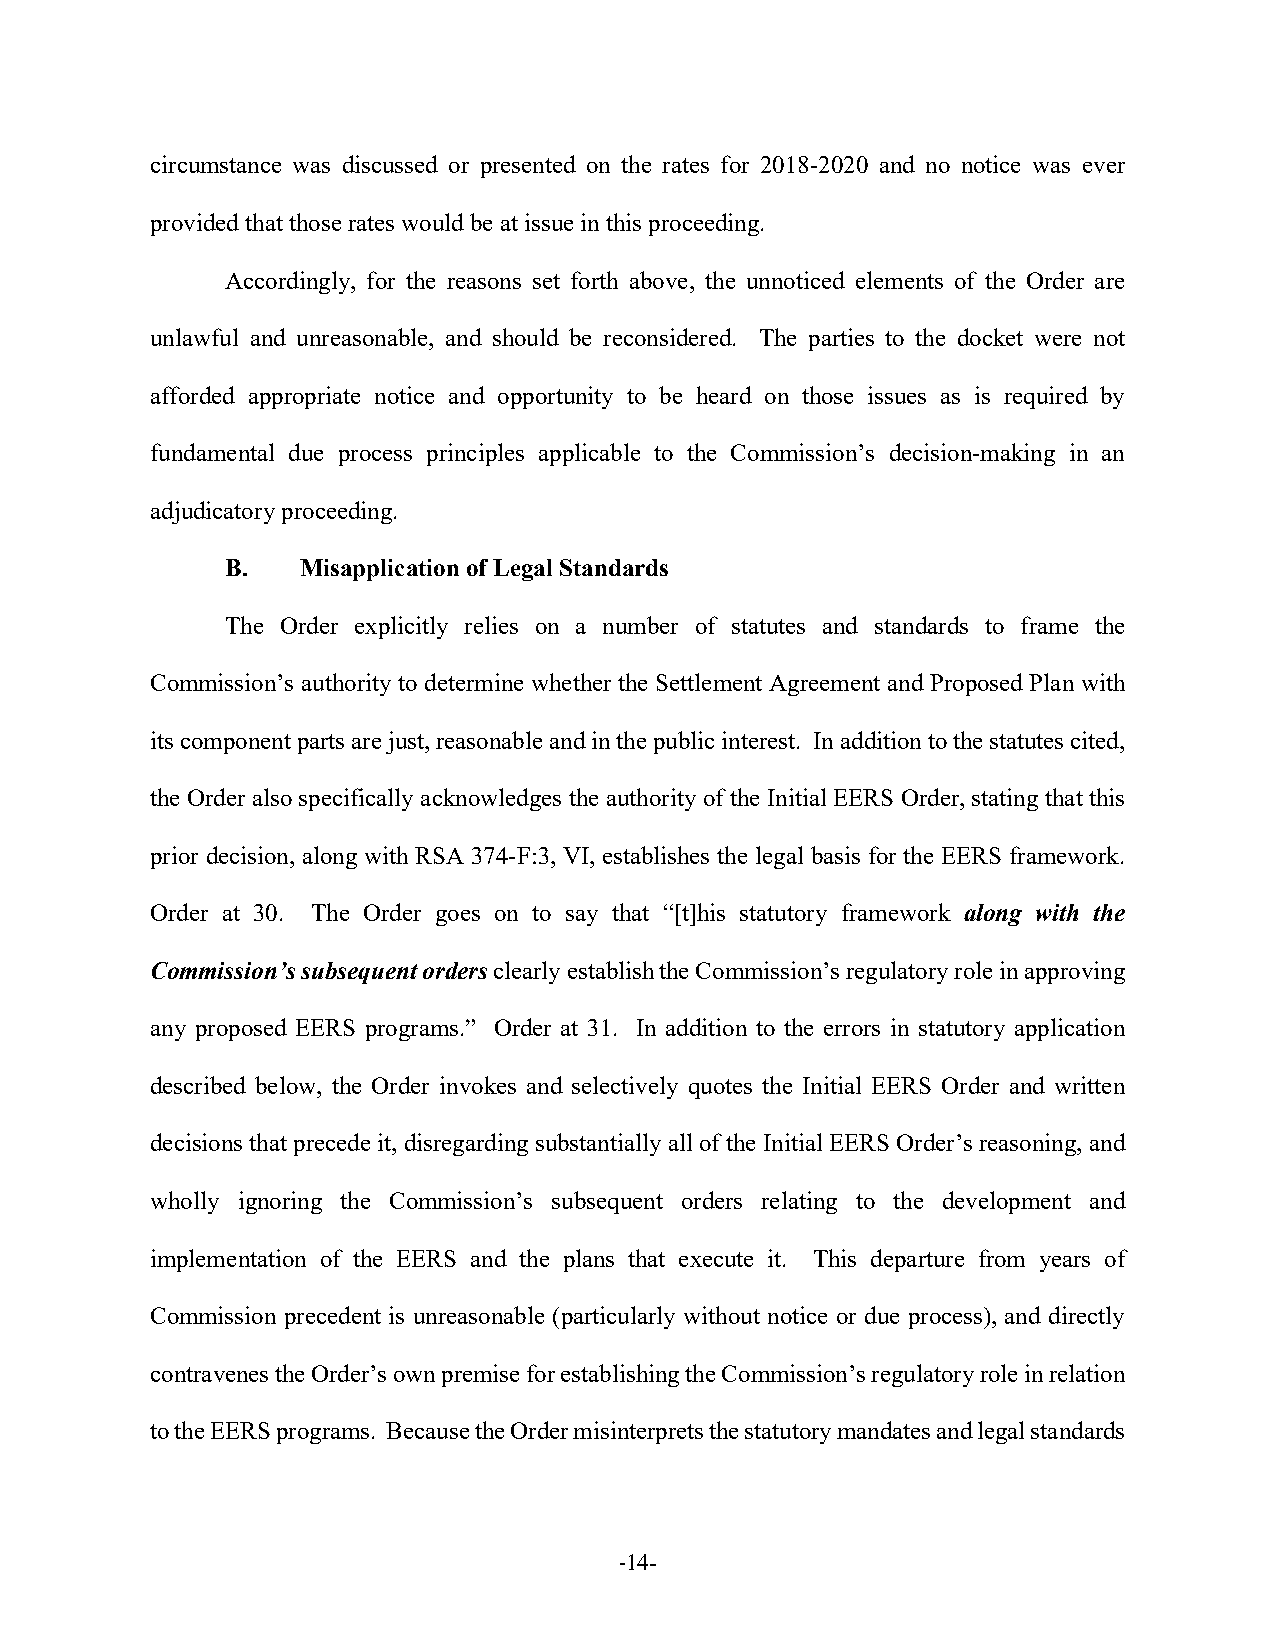
circumstance was discussed or presented on the rates for 2018-2020 and no notice was ever
 provided that those rates would be at issue in this proceeding.
 Accordingly, for the reasons set forth above, the unnoticed elements of the Order are
 unlawful and unreasonable, and should be reconsidered. The parties to the docket were not
 afforded appropriate notice and opportunity to be heard on those issues as is required by
 fundamental due process principles applicable to the Commission’s decision-making in an
 adjudicatory proceeding.
 B.   Misapplication of Legal Standards
 The Order explicitly relies on a number of statutes and standards to frame the
 Commission’s authority to determine whether the Settlement Agreement and Proposed Plan with
 its component parts are just, reasonable and in the public interest. In addition to the statutes cited,
 the Order also specifically acknowledges the authority of the Initial EERS Order, stating that this
 prior decision, along with RSA 374-F:3, VI, establishes the legal basis for the EERS framework.
 Order at 30. The Order goes on to say that “[t]his statutory framework along with the
 Commission’s subsequent orders clearly establish the Commission’s regulatory role in approving
 any proposed EERS programs.” Order at 31. In addition to the errors in statutory application
 described below, the Order invokes and selectively quotes the Initial EERS Order and written
 decisions that precede it, disregarding substantially all of the Initial EERS Order’s reasoning, and
 wholly ignoring the Commission’s subsequent orders relating to the development and
 implementation of the EERS and the plans that execute it. This departure from years of
 Commission precedent is unreasonable (particularly without notice or due process), and directly
 contravenes the Order’s own premise for establishing the Commission’s regulatory role in relation
 to the EERS programs. Because the Order misinterprets the statutory mandates and legal standards
 -14-